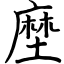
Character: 塺